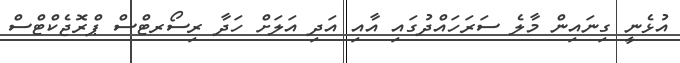
އުޅެނީ ގިނައިން މާލެ ސަރަހައްދުގައި އާއި އަދި އަލަށް ހަދާ ރިސޯރޓްސް ޕްރޮޖެކްޓްސް